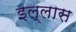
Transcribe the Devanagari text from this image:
इल्लास